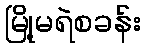
မြို့မရဲစခန်း